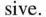
sive.